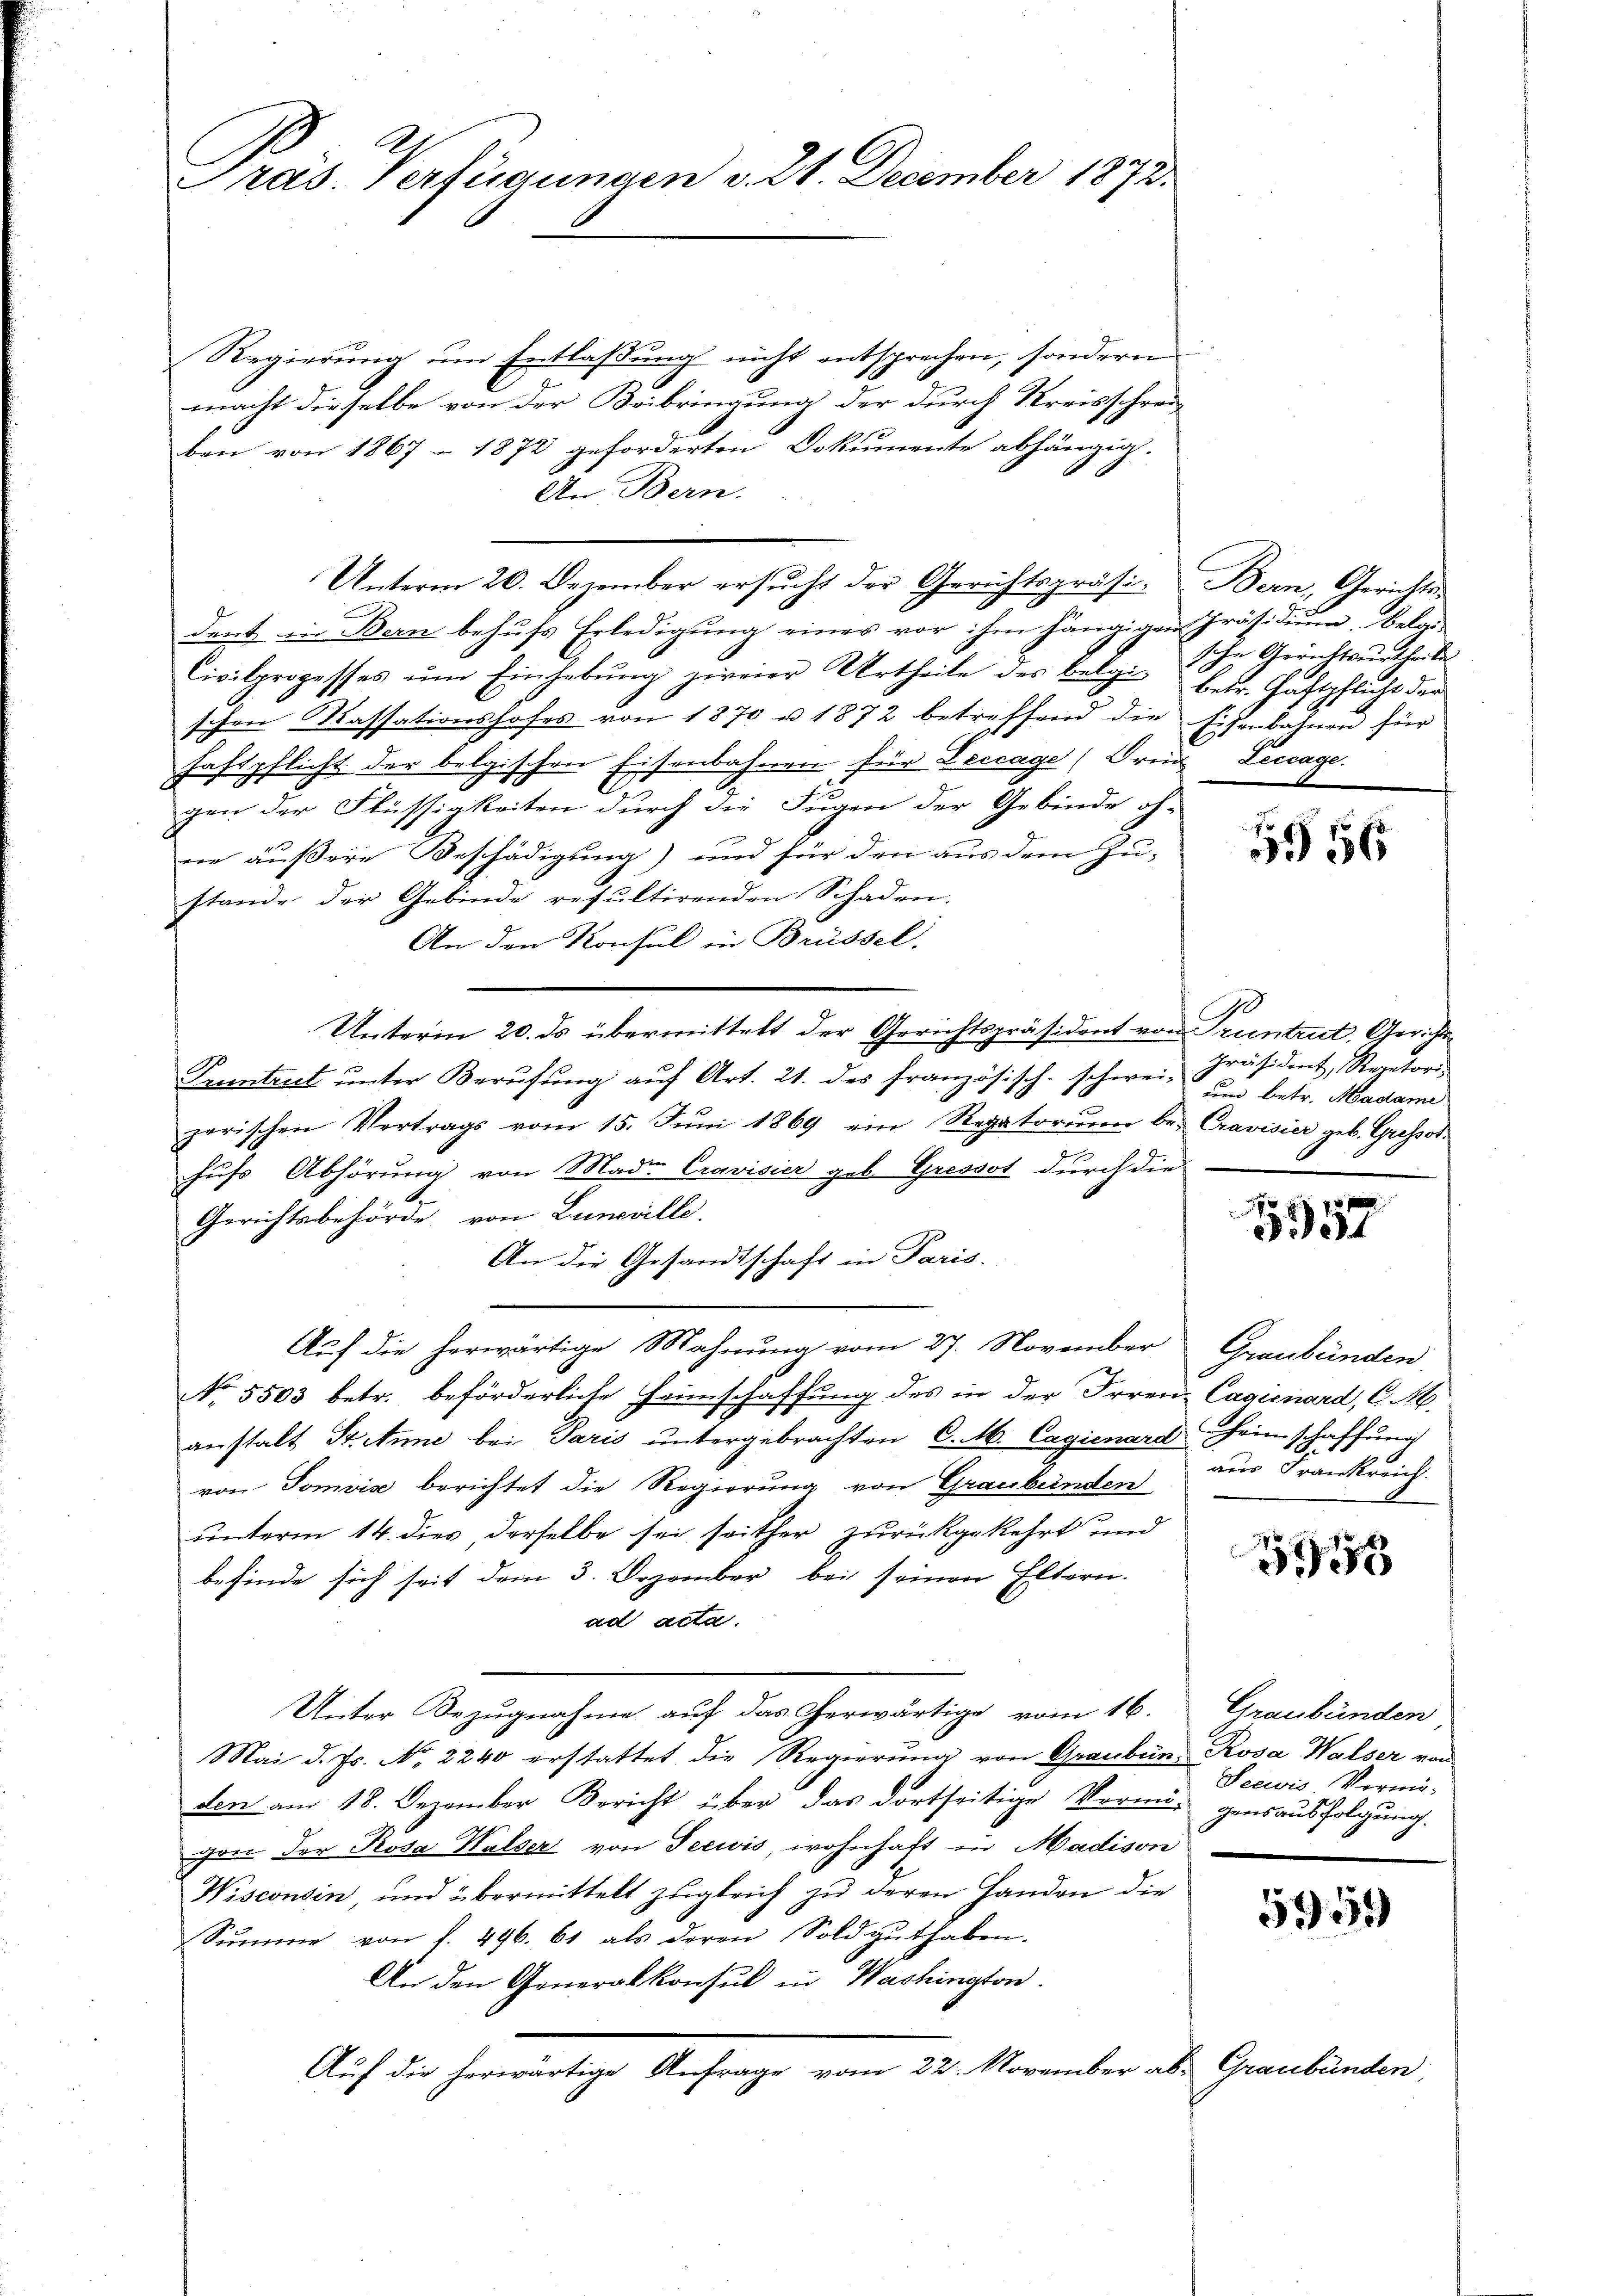
Präs. Verfügungen v. 24. December 1873.

Regierung um Entlaßung nicht entsprechen, sondern
macht dieselbe von der Beibringung der durch Kreisschrei-
ben von 1867 1872 geforderten Dokumente abhängig.
An Bern.
dent in Bern behŭfs Erledigung eines vor ihm hängigen Präsidiŭm, Belgi
Civilprozesses ŭm Einhebŭng zweier Urtheile des belgis betr. Haftpflicht der
schon Kassationshofes von 1870 u. 1872 betreffend die Eisenbahnen für
haftpflicht der belgischen Eisenbahnen für Leccage (Frein Leccage.
gen der Flüssigkeiten durch die Fugen der Gebinde oh-
ne äußere Beschädigung) und für den aus dem Zu-
stande der Gebinde resultirenden Schaden.
An den Konsul in Brüssel.
Unterm 20. ds übermittelt der Gerichtspräsident von Truntrut. Gerichts¬
Pruntrut unter Berufung auf Art. 21. des französisch-schwei-
parischen Vertrags vom 15. Jŭni 1869 ein Regatorium be- Cravisier geb. Grossoshufs Abhörung von Mad. Cravisier geb. Gressot durch die
4
Gerichtsbehörde, von Lunville.
An die Gesandtschaft in Paris.
Auf die herwärtige Mahnung vom 27. November Graubünden
No 5503 betr. beförderliche Heimschaffung des in der Irrenz Cagionard, C. M.
anstalt Stinne bei Paris untergebrachten C. M. Cagienard Heimschaffung
von Tomiis berichtet die Regierung von Graubünden
unterm 14. dies, derselbe sei seither zurückgekehrt und
befinde sich seit dem 3. Dezember bei seinen Eltern.
ad acta.
Unter Bezugnahme auf das erwärtige vom 16. Graubünden
Mai d. Js. No. 2240 erstattet die Regierung von Grauben, Rosa Walser von
den am 18. Dezember Bericht über das dortseitige Vermögensausfolgung.
gane der Rosa Walser von Seewis, wohnhaft in Madison
Wisconsin, und übermittelt zugleich zu deren Handen die
Sŭmme von s. 496. 61 als deren Sold gŭthaben.
An den Generalkonsul in Washington.
Auf die Gemeinstige          vom 30. Manter als Grandanter

Unterm 20. Dezember ersucht der Gerichtspräsi- Bern, Gerichts-

sche Gerichtsurtheile

5956

10
Präsident, Regatori
um betr. Madame

5957

aus Frankreich.

59

Seewis Vermö-

5959